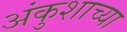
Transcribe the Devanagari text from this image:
अंकुशाच्या